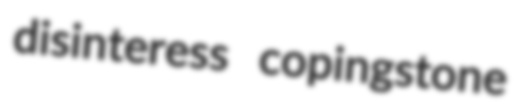
disinteress copingstone